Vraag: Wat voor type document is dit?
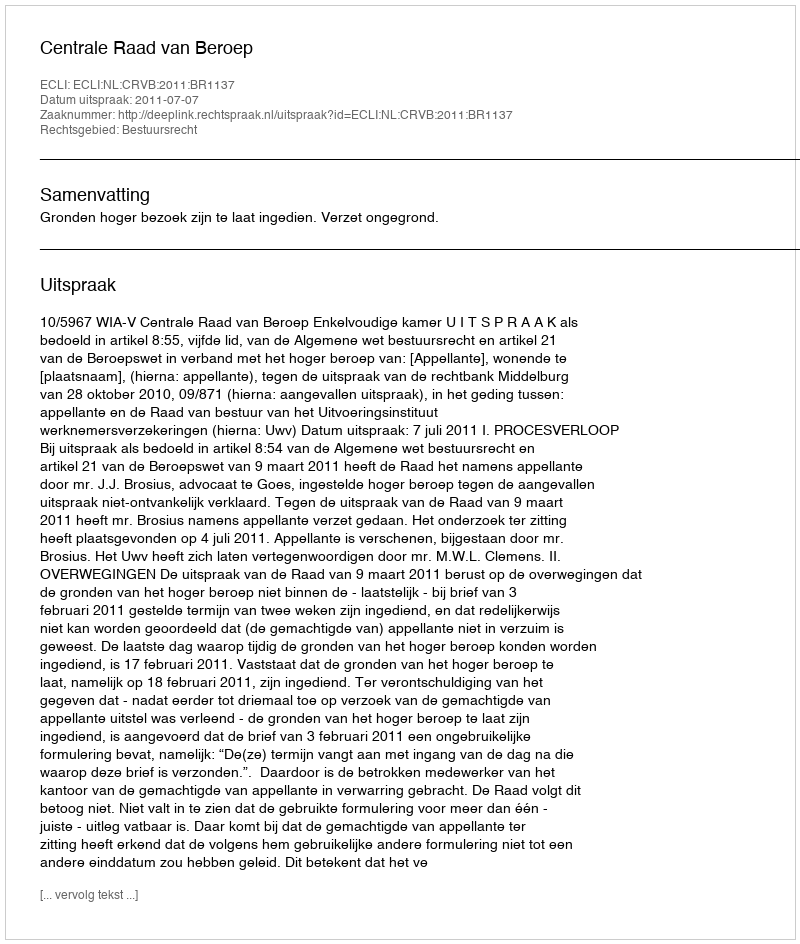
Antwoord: Uitspraak